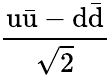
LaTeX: \frac{\mathrm{u{\bar{u}}}-\mathrm{d{\bar{d}}}}{\sqrt{2}}